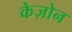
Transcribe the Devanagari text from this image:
केज़ोन